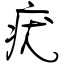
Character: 疣